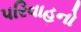
પરિવાહનો